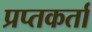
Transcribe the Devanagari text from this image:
प्रप्तकर्ता